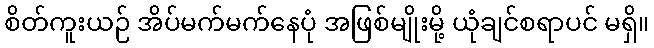
စိတ်ကူးယဉ် အိပ်မက်မက်နေပုံ အဖြစ်မျိုးမို့ ယုံချင်စရာပင် မရှိ။